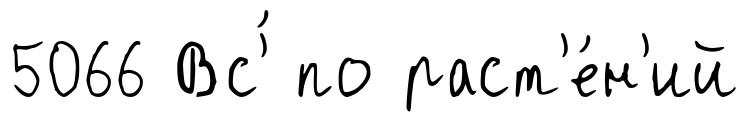
5066 Вс'́ по раст'е́н'ий